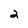
Character: 2